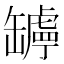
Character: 𦉛